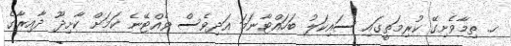
ހ. ތިމާވެށިގޭ ކުރިމަތީގައި ސައިކަލު ބަހައްޓާނަމަ އަދިވެސް ވެއްޓޭނެ ކަމަށް ކާށިދޫ ދާއިރާގެ